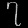
Digit: ၇